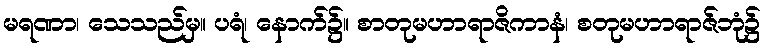
မရဏာ၊ သေသည်မှ။ ပရံ၊ နောက်၌။ စာတုမဟာရာဇိကာနံ၊ စတုမဟာရာဇ်ဘုံ၌